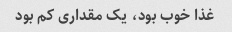
غذا خوب بود، یک مقداری کم بود